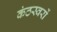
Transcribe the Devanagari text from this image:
कंठस्वरों